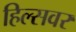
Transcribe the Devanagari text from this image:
हिल्सवर